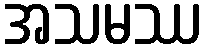
အသမဿ